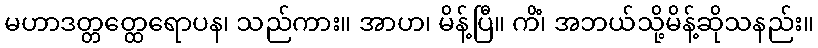
မဟာဒတ္တတ္ထေရောပန၊ သည်ကား။ အာဟ၊ မိန့်ပြီ။ ကိံ၊ အဘယ်သို့မိန့်ဆိုသနည်း။